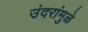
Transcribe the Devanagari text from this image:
उंदरांमुळे